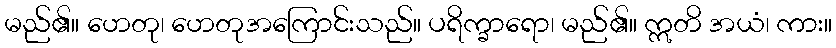
မည်၏။ ဟေတု၊ ဟေတုအကြောင်းသည်။ ပရိက္ခာရော၊ မည်၏။ ဣတိ အယံ၊ ကား။